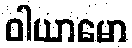
ဝါယာမော